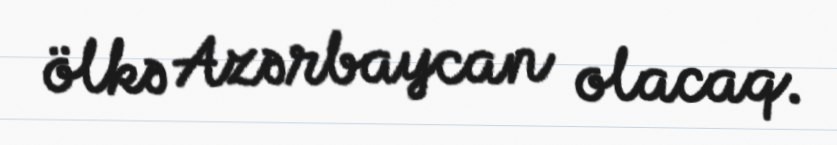
ölkə Azərbaycan olacaq.